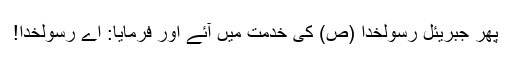
پھر جبریئل رسولخدا (ص) کی خدمت میں آئے اور فرمایا: اے رسولخدا!